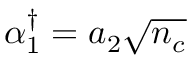
\alpha _ { 1 } ^ { \dagger } = a _ { 2 } \sqrt { n _ { c } }